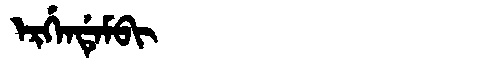
Manchu: ᡝᡵᡤᡝᠨᡩᡝᠮᠪᡳ
Romanization: ERGENDEMBI